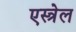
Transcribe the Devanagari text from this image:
एस्त्रेल